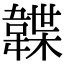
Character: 韘